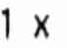
1 X